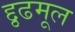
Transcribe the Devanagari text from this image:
द्दृढमूल